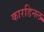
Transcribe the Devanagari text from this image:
कारडिनल